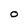
Character: O